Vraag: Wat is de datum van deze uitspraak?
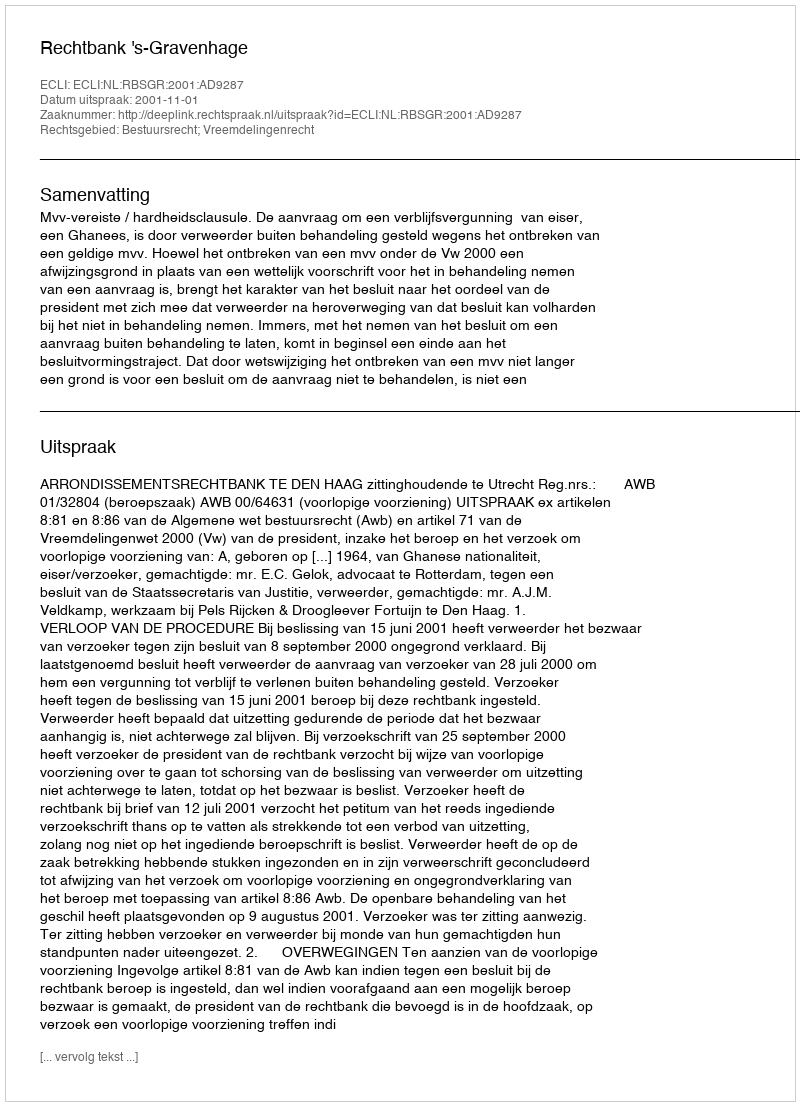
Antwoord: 2001-11-01